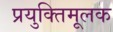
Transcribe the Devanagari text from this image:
प्रयुक्तिमूलक